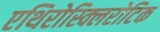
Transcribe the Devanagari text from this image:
एथिरोस्क्लिरोटिक